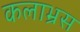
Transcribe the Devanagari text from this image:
कलाभ्रस